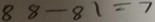
8 8 - 8 1 = 7